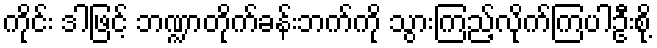
ကိုင်း ဒါဖြင့် ဘဏ္ဍာတိုက်ခန်းဘက်ကို သွားကြည့်လိုက်ကြပါဦးစို့